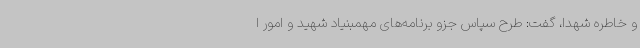
و خاطره شهدا، گفت: طرح سپاس جزو برنامه‌های مهمبنیاد شهید و امور ا